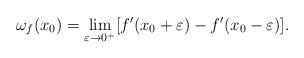
LaTeX: \begin{align*}\omega_{f}(x_{0})=\lim_{\varepsilon\rightarrow0^{+}}[f'(x_{0}+\varepsilon)-f'(x_{0}-\varepsilon)].\end{align*}